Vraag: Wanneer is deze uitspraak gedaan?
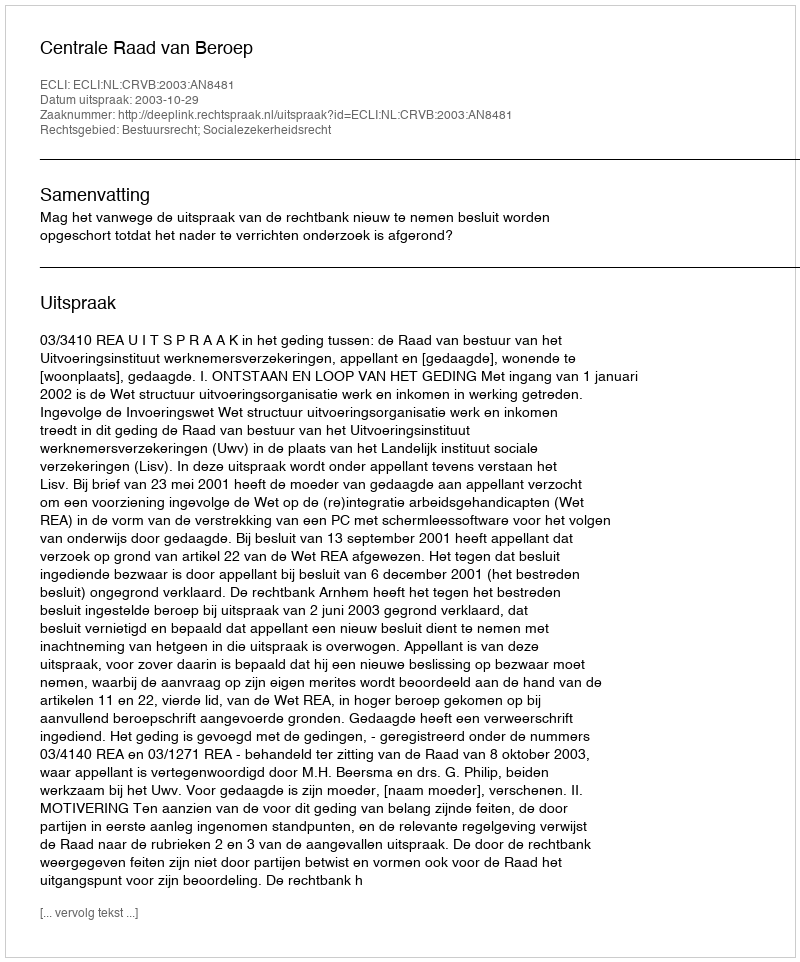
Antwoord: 2003-10-29